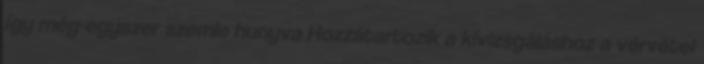
így még-egyszer szemle hunyva Hozzátartozik a kivizsgáláshoz a vérvétel